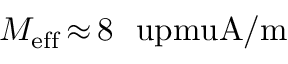
M _ { \mathrm { e f f } } \, { \approx } \, 8 ~ \mathrm { \ u p m u A / m }